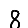
Digit: 8